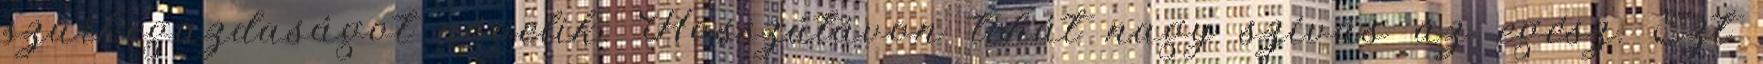
szürkegazdaságot növelik. Hosszútávon tehát nagy szívás az egész. Ezt